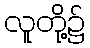
လူတို့၌